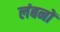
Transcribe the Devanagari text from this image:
लंबनों